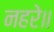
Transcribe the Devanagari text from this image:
नहरे॥